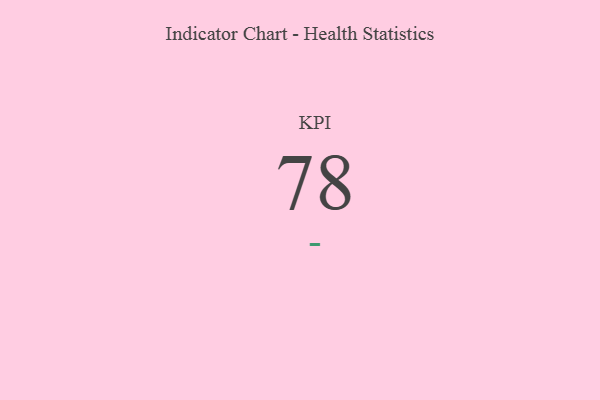
{"axis": {"x": "KPI", "y": "Value"}, "legend": [""], "data": [{"x": "KPI", "y": 78, "type": ""}]}